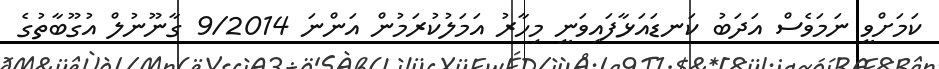
ކަމަށްވީ ނަމަވެސް އަދަބު ކަނޑައަޅާފައިވަނީ މިހާރު އަމަލުކުރަމުން އަންނަ 9/2014 ގާނޫނުލް އުގޫބާތުގެ